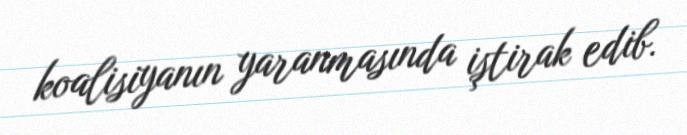
koalisiyanın yaranmasında iştirak edib.